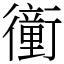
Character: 𧘂